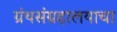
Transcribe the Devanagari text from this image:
ग्रंथसंग्रहालयाचा